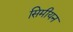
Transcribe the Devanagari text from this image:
सिमीयन